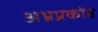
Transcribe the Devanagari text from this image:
अभ्रप्रकोष्ठ